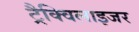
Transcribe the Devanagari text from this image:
ट्रैक्विलाइजर